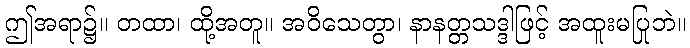
ဤအရာ၌။ တထာ၊ ထို့အတူ။ အဝိသေတွာ၊ နာနတ္တသဒ္ဒါဖြင့် အထူးမပြုဘဲ။